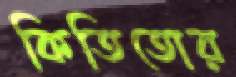
কিতিতোর